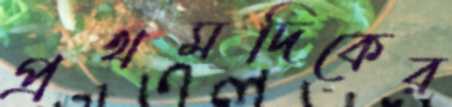
প্রথমদিকের